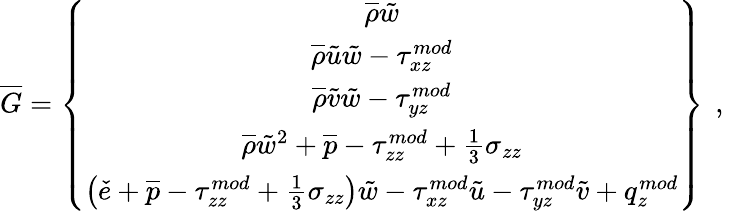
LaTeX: \overline{{G}}=\left\{ \begin{array}{c}{\overline{{\rho}}\tilde{w}}\\ {\overline{{\rho}}\tilde{u}\tilde{w}-{\tau}_{xz}^{mod}}\\ {\overline{{\rho}}\tilde{v}\tilde{w}-{\tau}_{yz}^{mod}}\\ {\overline{{\rho}}\tilde{w}^{2}+\overline{{p}}-{\tau}_{zz}^{mod}+\frac{1}{3}\sigma_{zz}}\\ {\left(\check{e}+\overline{{p}}-{\tau}_{zz}^{mod}+\frac{1}{3}\sigma_{zz}\right)\tilde{w}-{\tau}_{xz}^{mod}\tilde{u}-{\tau}_{yz}^{mod}\tilde{v}+q_{z}^{mod}}\end{array}\right\} \, \mathrm{~,~}